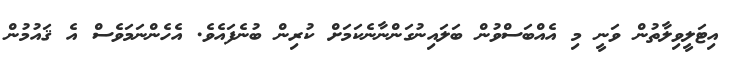
އިޓަލީވިލާތުން ވަނީ މި އެއްބަސްވުން ބަލައިނުގަންނާނެކަމަށް ކުރިން ބުނެފައެވެ. އެހެންނަމަވެސް އެ ޤައުމުން